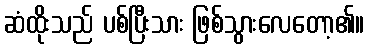
ဆံထိုးသည် ပစ်ပြီးသား ဖြစ်သွားလေတော့၏။